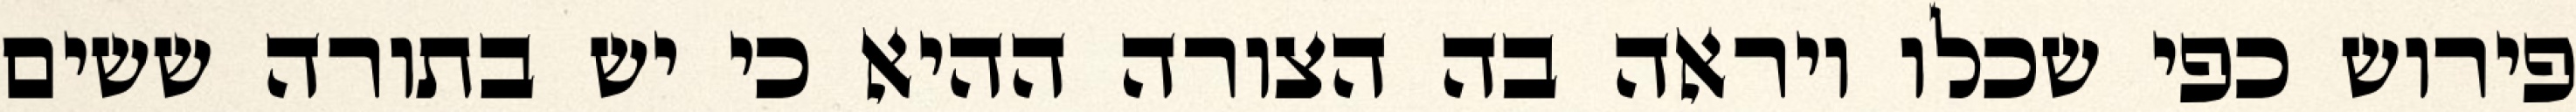
פירוש כפי שכלו ויראה בה הצורה ההיא כי יש בתורה ששים